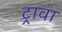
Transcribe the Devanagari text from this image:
ट्रावा